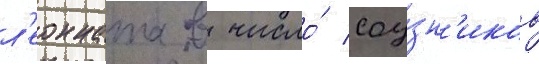
л'еонната в число́ соу́зн'иков